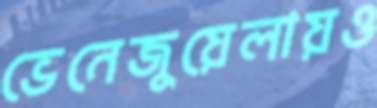
ভেনেজুয়েলায়ও